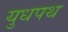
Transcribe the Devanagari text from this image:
युधपथ